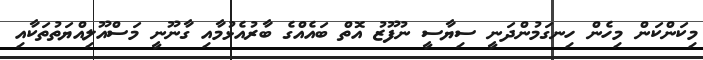
މިކަންކަން މިހެން ހިނގަމުންދަނީ ސިޔާސީ ނުފޫޒު އޮތް ބައެއްގެ ބާރުއެޅުމާއި ގާނޫނީ މަސްއޫލިއްޔަތުތަކާއި